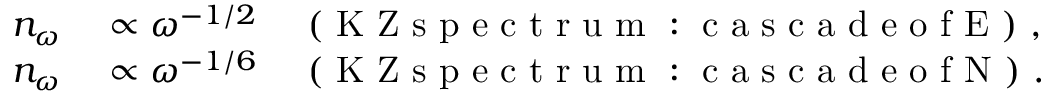
\begin{array} { r } { \begin{array} { r l } { n _ { \omega } } & { { } \propto \omega ^ { - 1 / 2 } \quad \mathrm { ~ ( ~ K ~ Z ~ s ~ p ~ e ~ c ~ t ~ r ~ u ~ m ~ : ~ c ~ a ~ s ~ c ~ a ~ d ~ e ~ o ~ f ~ E ~ ) ~ } , } \\ { n _ { \omega } } & { { } \propto \omega ^ { - 1 / 6 } \quad \mathrm { ~ ( ~ K ~ Z ~ s ~ p ~ e ~ c ~ t ~ r ~ u ~ m ~ : ~ c ~ a ~ s ~ c ~ a ~ d ~ e ~ o ~ f ~ N ~ ) ~ } . } \end{array} } \end{array}